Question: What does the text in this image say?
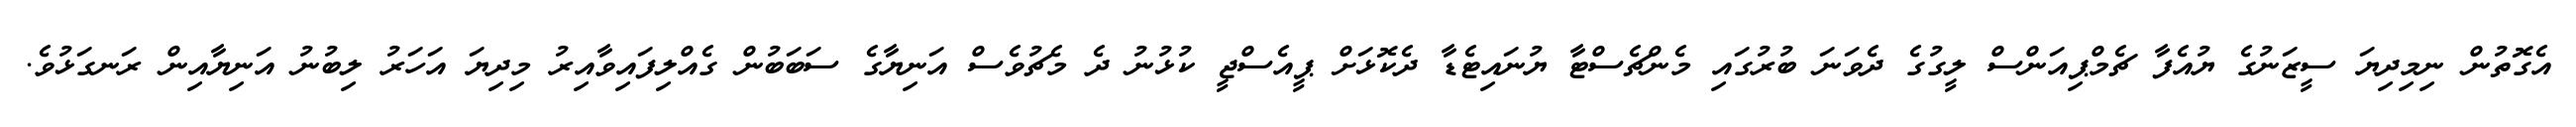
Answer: އެގޮތުން ނިމިދިޔަ ސީޒަނުގެ ޔުއެފާ ޗެމްޕިއަންސް ލީގުގެ ދެވަނަ ބުރުގައި މެންޗެސްޓާ ޔުނައިޓެޑާ ދެކޮޅަށް ޕީއެސްޖީ ކުޅުނު ދެ މެޗުވެސް އަނިޔާގެ ސަބަބުން ގެއްލިފައިވާއިރު މިދިޔަ އަހަރު ލިބުނު އަނިޔާއިން ރަނގަޅުވެ.